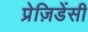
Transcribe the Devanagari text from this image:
प्रेज़िडेंसी